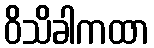
ဝိသိခါကထာ